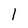
Character: l